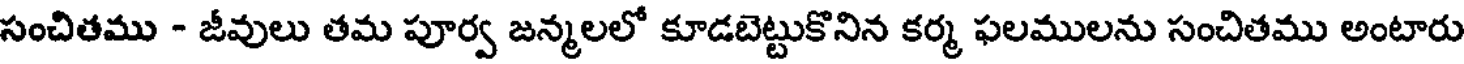
సంచితము - జీవులు తమ పూర్వ జన్మలలో కూడబెట్టుకొనిన కర్మ ఫలములను సంచితము అంటారు